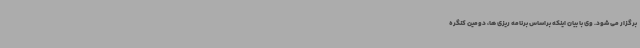
برگزار می شود. وی با بیان اینکه براساس برنامه ریزی ها، دومین کنگره